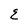
Character: E